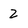
Character: 2